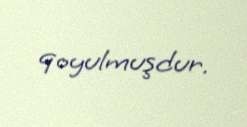
qoyulmuşdur.